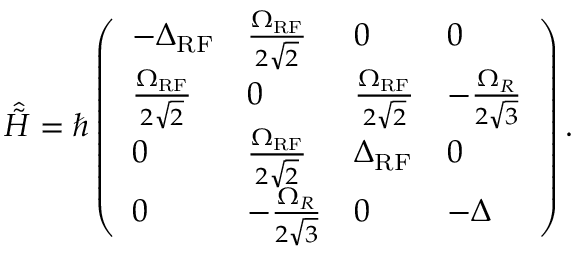
\begin{array} { r } { \hat { \Tilde { H } } = \hbar \left( \begin{array} { l l l l } { - \Delta _ { \mathrm { R F } } } & { \frac { \Omega _ { \mathrm { R F } } } { 2 \sqrt { 2 } } } & { 0 } & { 0 } \\ { \frac { \Omega _ { \mathrm { R F } } } { 2 \sqrt { 2 } } } & { 0 } & { \frac { \Omega _ { \mathrm { R F } } } { 2 \sqrt { 2 } } } & { - \frac { \Omega _ { R } } { 2 \sqrt { 3 } } } \\ { 0 } & { \frac { \Omega _ { \mathrm { R F } } } { 2 \sqrt { 2 } } } & { \Delta _ { \mathrm { R F } } } & { 0 } \\ { 0 } & { - \frac { \Omega _ { R } } { 2 \sqrt { 3 } } } & { 0 } & { - \Delta } \end{array} \right) . } \end{array}